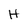
Character: H